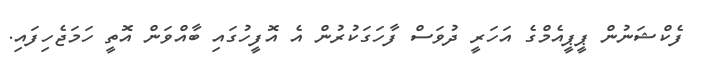
ފެކްޝަނުން ޕީޕީއެމްގެ އަހަރީ ދުވަސް ފާހަގަކުރުން އެ އޮފީހުގައި ބާއްވަން އޮތީ ހަމަޖެހިފައި.